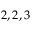
2 , 2 , 3